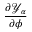
\frac { \partial { \mathscr Y } _ { \alpha } } { \partial \phi }